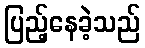
ပြည့်နေခဲ့သည်